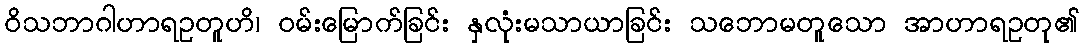
ဝိသဘာဂါဟာရဥတူဟိ၊ ဝမ်းမြောက်ခြင်း နှလုံးမသာယာခြင်း သဘောမတူသော အာဟာရဥတု၏